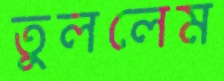
তুললেম